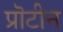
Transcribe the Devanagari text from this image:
प्रॊटीन